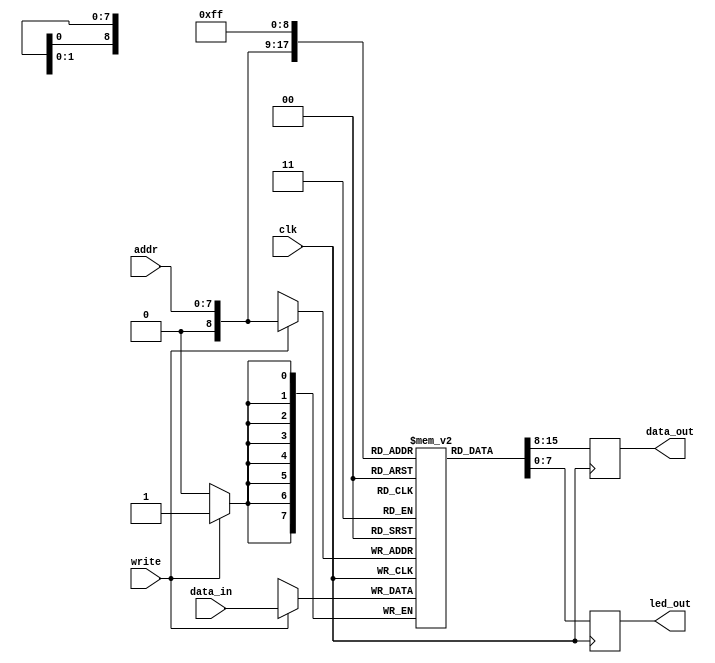
module RAM(
    input clk,
    input [7:0] addr,
    input [7:0] data_in,
    input write,
    output reg [7:0] data_out,
    output reg [7:0] led_out
    );

reg [7:0] memory [0:256];

always @(posedge clk)
    begin
        if(write)
            begin
                memory[addr] <= data_in;
            end
        data_out <= memory[addr];
        led_out <= memory[8'b11111111];
    end
endmodule